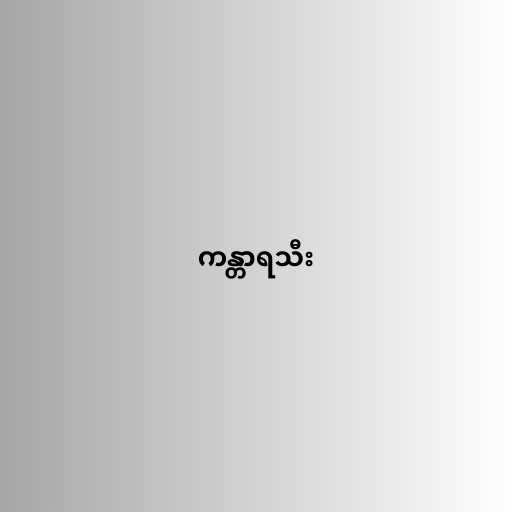
ကန္တာရသီး